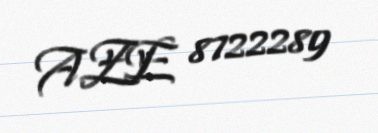
AZE 8722289